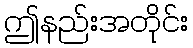
ဤနည်းအတိုင်း